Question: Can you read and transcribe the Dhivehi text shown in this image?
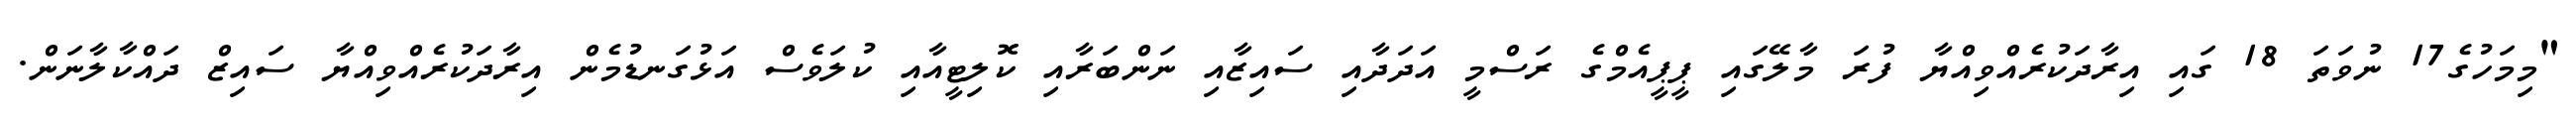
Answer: "މިމަހުގެ17 ނުވަތަ 18 ގައި އިރާދަކުރެއްވިއްޔާ ފުރަ މާލޭގައި ޕީޕީއެމްގެ ރަސްމީ އަދަދާއި ސައިޒާއި ނަންބަރާއި ކޮލިޓީއާއި ކުލަވެސް އަޅުގަނޑުމެން އިރާދަކުރެއްވިއްޔާ ސައިޒް ދައްކާލާނަން.